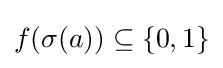
f(\sigma (a))\subseteq \{0,1\}